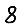
Digit: 8